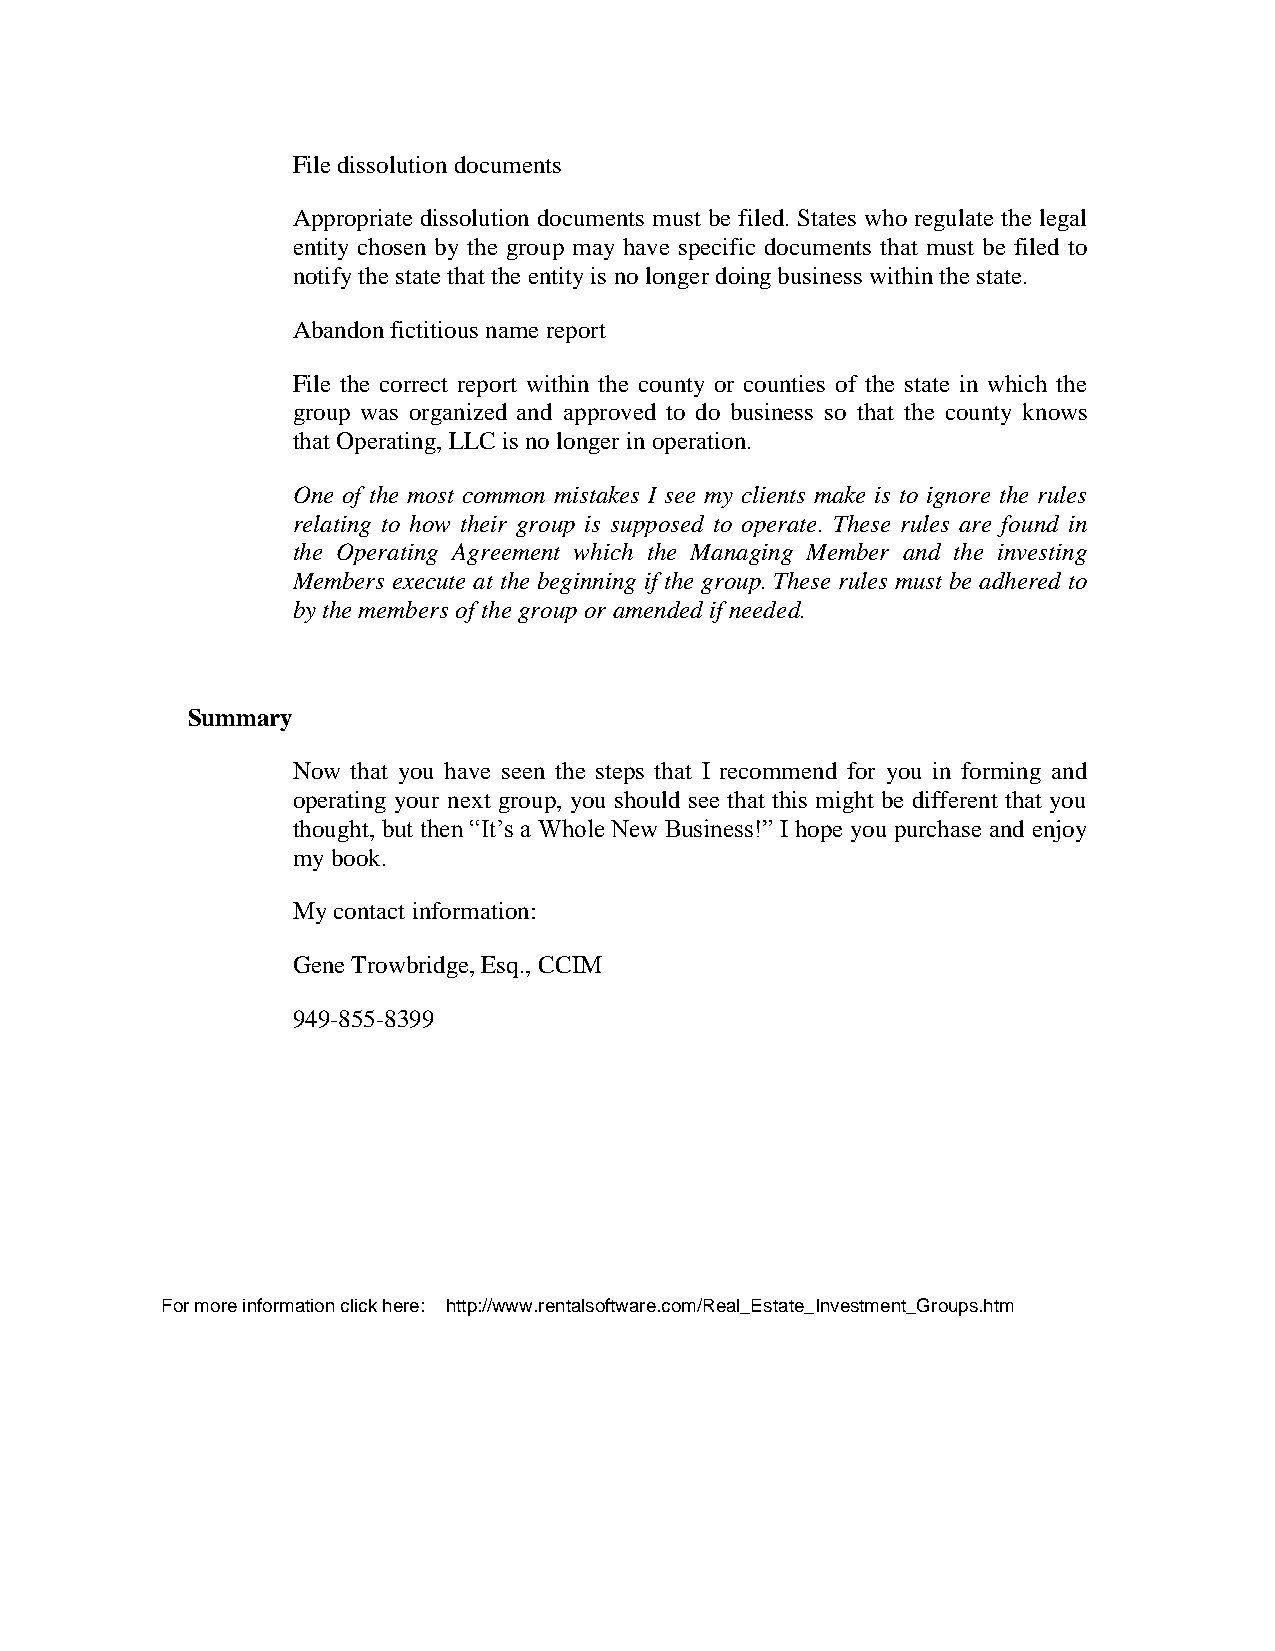
File dissolution documents
 Appropriate dissolution documents must be filed. States who regulate the legal
 entity chosen by the group may have specific documents that must be filed to
 notify the state that the entity is no longer doing business within the state.
 Abandon fictitious name report
 File the correct report within the county or counties of the state in which the
 group was organized and approved to do business so that the county knows
 that Operating, LLC is no longer in operation.
 One of the most common mistakes I see my clients make is to ignore the rules
 relating to how their group is supposed to operate. These rules are found in
 the Operating Agreement which the Managing Member and the investing
 Members execute at the beginning if the group. These rules must be adhered to
 by the members of the group or amended if needed.
 Summary
 Now that you have seen the steps that I recommend for you in forming and
 operating your next group, you should see that this might be different that you
 thought, but then “It’s a Whole New Business!” I hope you purchase and enjoy
 my book.
 My contact information:
 Gene Trowbridge, Esq., CCIM
 949-855-8399
 gene@genetrowbridge.com
 www.groupsponsor.com